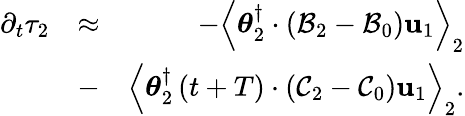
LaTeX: \begin{array}{rlr}{\partial_{t}\tau_{2}}&{\approx}&{-\left\langle\boldsymbol{\theta}_{2}^{\dagger}\cdot\left({\cal B}_{2}-{\cal B}_{0}\right)\mathbf{u}_{1}\right\rangle_{2}}\\ &{-}&{\left\langle\boldsymbol{\theta}_{2}^{\dagger}\left(t+T\right)\cdot\left({\cal C}_{2}-{\cal C}_{0}\right)\mathbf{u}_{1}\right\rangle_{2}.}\end{array}